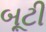
બૂટી